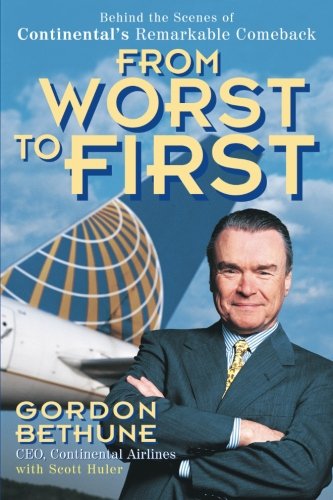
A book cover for From Worst to First: Behind the Scenes of Continental's Remarkable Comeback; Gordon Bethune; Business & Money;